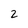
Character: 2